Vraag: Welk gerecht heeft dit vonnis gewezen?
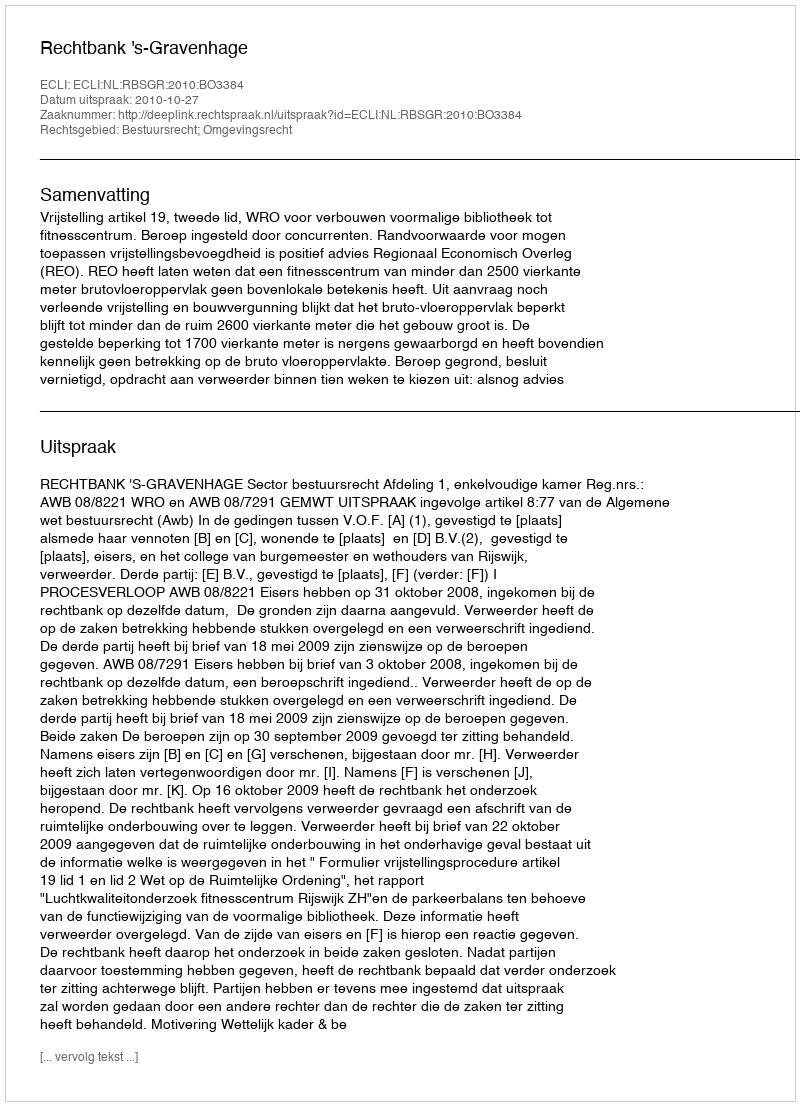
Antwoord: Rechtbank 's-Gravenhage